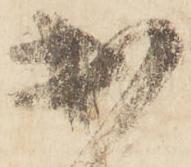
出